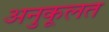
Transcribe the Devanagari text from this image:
अनुकूलत